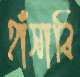
হাঁসাবি